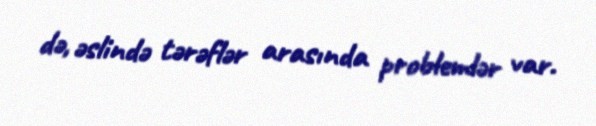
də, əslində tərəflər arasında problemlər var.